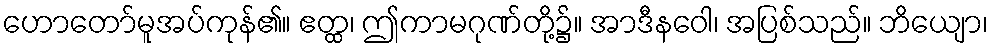
ဟောတော်မူအပ်ကုန်၏။ ဧတ္ထ၊ ဤကာမဂုဏ်တို့၌။ အာဒီနဝေါ၊ အပြစ်သည်။ ဘိယျော၊